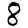
Digit: 8